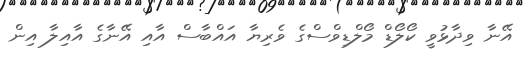
އޭނާ ވިދާޅުވީ ކޯލޯޑް މޯލްޑިވްސްގެ ވެރިޔާ އައްބާސް އާއި އޭނާގެ އާއިލާ އިން